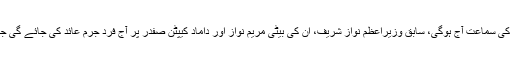
علاوہ ازیں شریف خاندان کے خلاف نیب کی جانب سے اسلام آباد کی احتساب عدالت میں دائر ریفرنسز کی سماعت آج ہوگی، سابق وزیراعظم نواز شریف، ان کی بیٹی مریم نواز اور داماد کیپٹن صفدر پر آج فرد جرم عائد کی جائے گی جبکہ احتساب عدالت میں حسن نواز اور حسین نواز کو اشتہاری قرار دینے کا نوٹس آویزاں کردیا گیا ہے۔